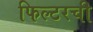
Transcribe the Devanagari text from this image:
फिल्टरची